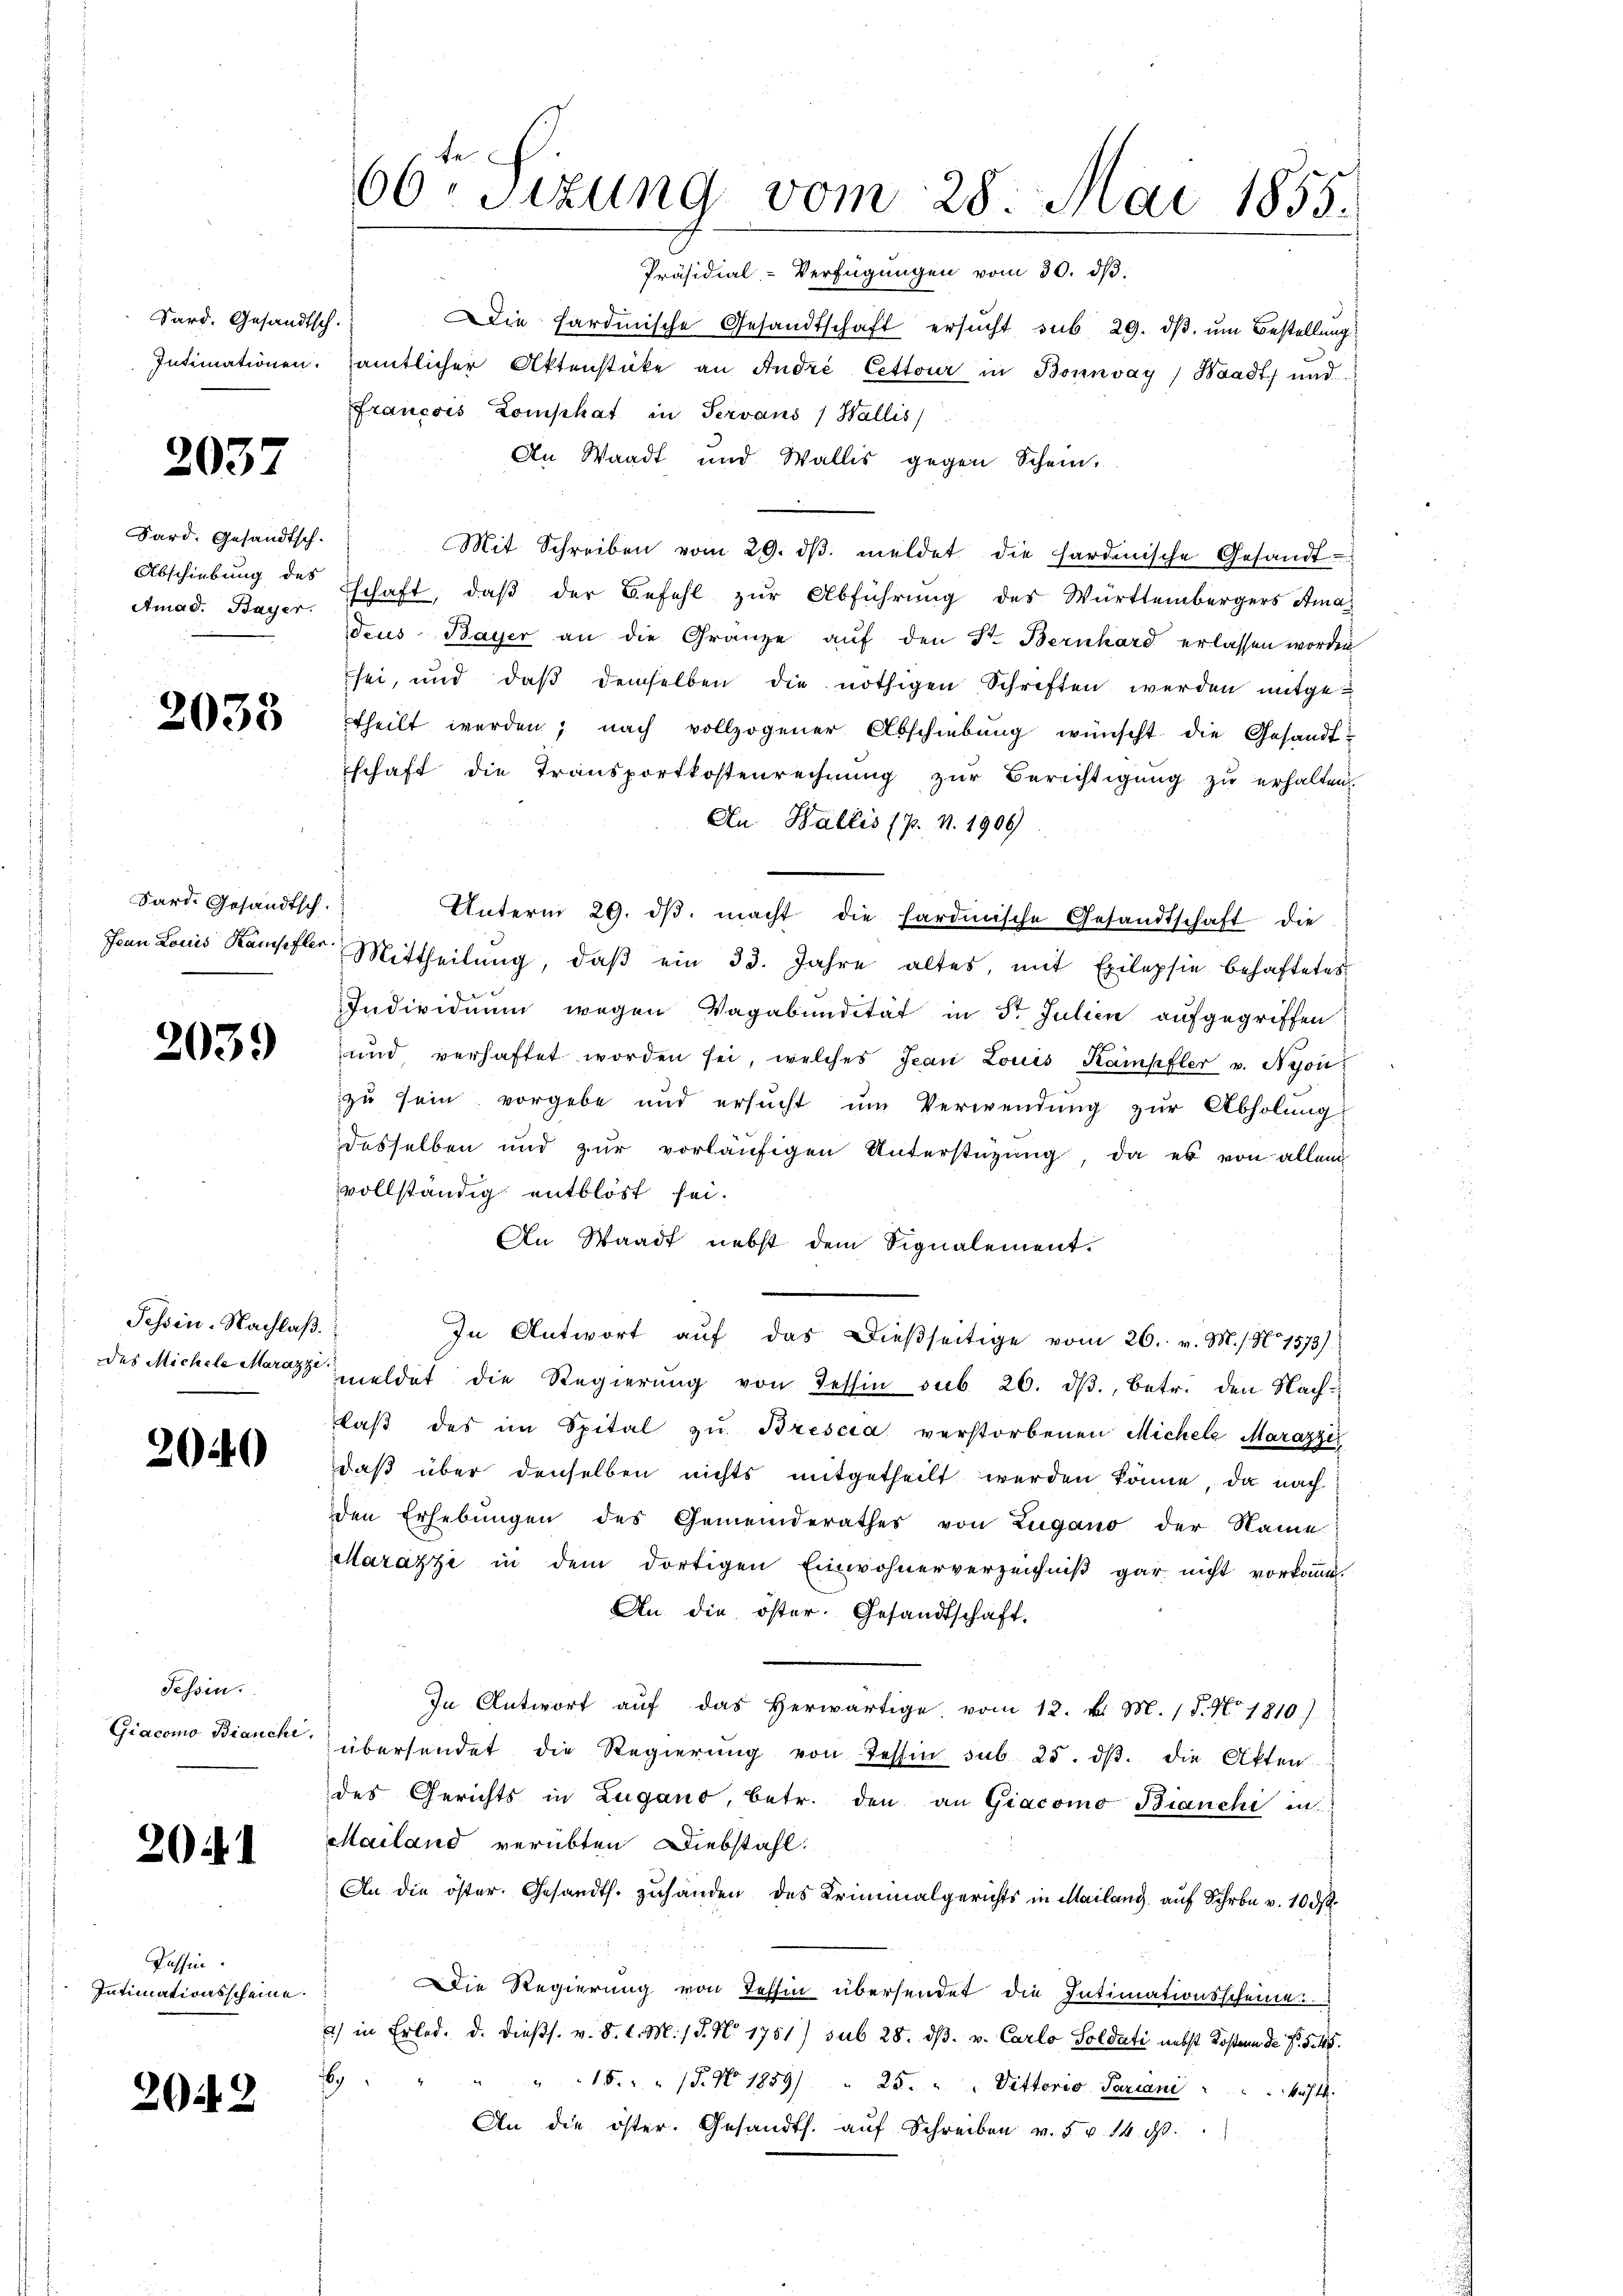
Sard. Gesandtsch.

2037

Sard. Gesandtsch.
Abschiebung des

8
2033

Sard. Gesandtsch.

2039

Tessin. Nachlaß.
des Michele Marazzi

2040

Tessin.
Giacomo Bianchi

201

Passin
Intimationsscheine.

2042

66r Sizung vom 28. Mai 1855.
Präsidial-Verfügungen vom 30. dβ.

Die Hardmische Gesandtschaft ersucht sub 29. dβ, um Bestellung
Intimationen, sämtlicher Aktenstüke an André Cettour in Bonnvay / Waadt, und
Francois Domphat in Servans / Wallis
An Waadt und Wallis gegen Schein.
Mit Schreiben vom 29. dβ meldet die hardinische Gesandt¬
Amad. Bayer schaft, daß der Befehl zur Abführung des Württembergers Amaz
deus Bayer an die Gränze aŭf den St. Bernhard erlassen worden
sei, und daβ demselben die nöthigen Schriften werden mitgetheilt werden; nach vollzogener Abschiebung wünscht die Gesandtschaft die Transportkostenrechnung zur Berichtigung zu erhalten.
An Wallis (p. N. 1909)
Unterm 29. dβ. macht die sardinische Gesandtschaft die
Jean Louis Kampfer Mittheilŭng, daβ ein 33. Jahre altes, mit Exilepsie behaftetes
Individuum wegen Vagabundität in 5t Julien aufgegriffen
und verhaftet worden sei, welches Jean Louis Kampfler v. Nyon
zu sein vorgebe und ersucht um Verwendung zur Abholung
desselben und zur vorläufigen Unterstüzung, da es von allem
vollständig entblöst sei.
An Waadt nebst dem Signalement.
In Antwort auf das dießseitige vom 26. v. M. s. No 1573).
meldet die Regierŭng von Tessin sub. 26. dβ., betr. den Nachlaβ des im Spital zu Brescia verstorbenen Michele Marazzer
daß über denselben nichts mitgetheilt werden könne, da nach
den Erhebungen des Gemeinderathes von Zugano der Name
Marazzi in dem dortigen Einwohnerverzeichniß gar nicht vorkomme
An die öster. Gesandtschaft.
In Antwort aŭf das herwärtige vom 12. v. M. 18. No. 1810.)
übersendet die Regierŭng von Tessin sub. 25. dβ. die Akten
des Gerichts in Zugano, betr. den an Giacomo Bianchi in
Mailand verübten Diebstahl.
An die öster. Gesandts. zuhanden des Kriminalgerichts in Mailang auf Schron v. 10 d
Die Regierung von Tessin übersendet die Intimationsscheine
) in Erled. d. dießs. v. d. d. M. 18. No 1751) sub 28. dβ. v. Carlo Soldati nebst Kostenn de Nr. 5. 15.
1
" " 15. " " (T. No. 1859/ " 25. " " Vittorio Pariani . . . . kühlt.
An die öster. Gesandts. aŭf Schreiben v. 5. u. 14. 90.